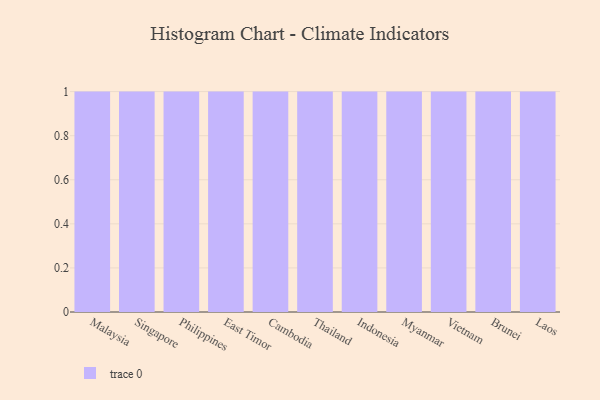
{"axis": {"x": "Country", "y": "Active Users"}, "legend": [""], "data": [{"x": "Malaysia", "y": 70, "type": ""}, {"x": "Singapore", "y": 4, "type": ""}, {"x": "Philippines", "y": 9, "type": ""}, {"x": "East Timor", "y": 59, "type": ""}, {"x": "Cambodia", "y": 100, "type": ""}, {"x": "Thailand", "y": 17, "type": ""}, {"x": "Indonesia", "y": 93, "type": ""}, {"x": "Myanmar", "y": 81, "type": ""}, {"x": "Vietnam", "y": 71, "type": ""}, {"x": "Brunei", "y": 67, "type": ""}, {"x": "Laos", "y": 64, "type": ""}]}